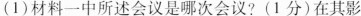
（1）材料一中所述会议是哪次会议?(1分)在其影